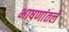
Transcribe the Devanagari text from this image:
भाषणांतले